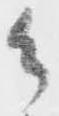
御